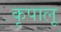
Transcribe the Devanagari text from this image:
कृपालू